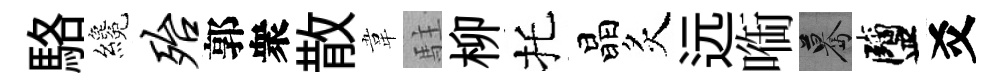
駱纔殆郭衆散韋駐柳托晶炙远㗸驀鹽爻